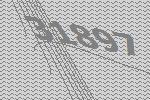
31897